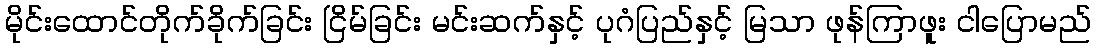
မိုင်းထောင်တိုက်ခိုက်ခြင်း ငြိမ်ခြင်း မင်းဆက်နှင့် ပုဂံပြည်နှင့် မြသာ ဖုန်ကြာဖူး ငါပြောမည်